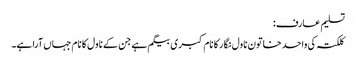
تسلیم عارف:
کلکتہ کی واحد خاتون ناول نگار کا نام کبری بیگم ہے جن کے ناول کا نام جہاں آرا ہے۔